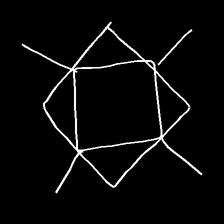
Glyph: light